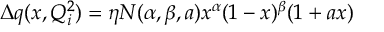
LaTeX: \Delta q ( x , Q _ { i } ^ { 2 } ) = \eta N ( \alpha , \beta , a ) x ^ { \alpha } ( 1 - x ) ^ { \beta } ( 1 + a x )